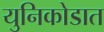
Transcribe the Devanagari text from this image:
युनिकोडात